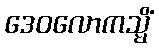
ဒေဝလောကသ္မိံ